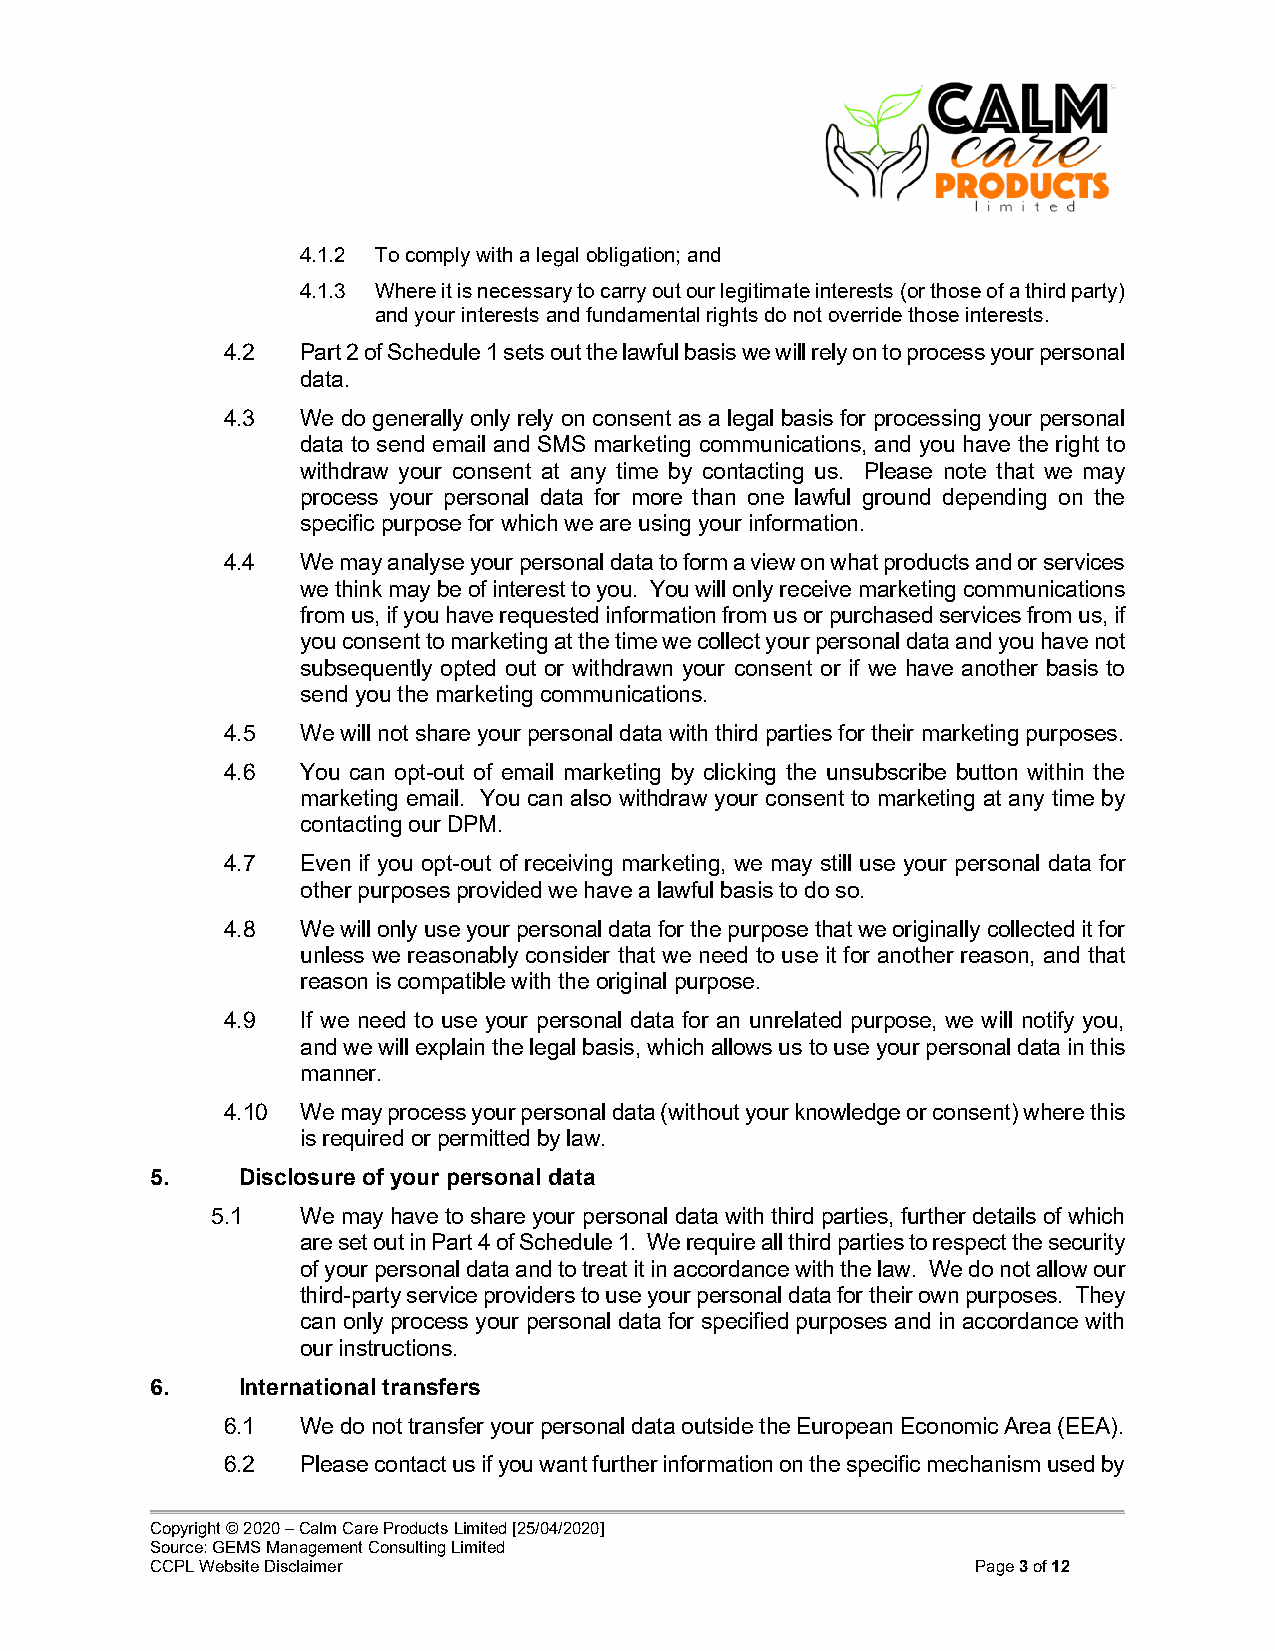
4.1.2 To comply with a legal obligation; and
 4.1.3 Where it is necessary to carry out our legitimate interests (or those of a third party)
 and your interests and fundamental rights do not override those interests.
 4.2  Part 2 of Schedule 1 sets out the lawful basis we will rely on to process your personal
 data.
 4.3  We do generally only rely on consent as a legal basis for processing your personal
 data to send email and SMS marketing communications, and you have the right to
 withdraw your consent at any time by contacting us. Please note that we may
 process your personal data for more than one lawful ground depending on the
 specific purpose for which we are using your information.
 4.4  We may analyse your personal data to form a view on what products and or services
 we think may be of interest to you. You will only receive marketing communications
 from us, if you have requested information from us or purchased services from us, if
 you consent to marketing at the time we collect your personal data and you have not
 subsequently opted out or withdrawn your consent or if we have another basis to
 send you the marketing communications.
 4.5  We will not share your personal data with third parties for their marketing purposes.
 4.6  You can opt-out of email marketing by clicking the unsubscribe button within the
 marketing email. You can also withdraw your consent to marketing at any time by
 contacting our DPM.
 4.7  Even if you opt-out of receiving marketing, we may still use your personal data for
 other purposes provided we have a lawful basis to do so.
 4.8  We will only use your personal data for the purpose that we originally collected it for
 unless we reasonably consider that we need to use it for another reason, and that
 reason is compatible with the original purpose.
 4.9  If we need to use your personal data for an unrelated purpose, we will notify you,
 and we will explain the legal basis, which allows us to use your personal data in this
 manner.
 4.10 We may process your personal data (without your knowledge or consent) where this
 is required or permitted by law.
 5.    Disclosure of your personal data
 5.1   We may have to share your personal data with third parties, further details of which
 are set out in Part 4 of Schedule 1. We require all third parties to respect the security
 of your personal data and to treat it in accordance with the law. We do not allow our
 third-party service providers to use your personal data for their own purposes. They
 can only process your personal data for specified purposes and in accordance with
 our instructions.
 6.    International transfers
 6.1  We do not transfer your personal data outside the European Economic Area (EEA).
 6.2  Please contact us if you want further information on the specific mechanism used by
 Copyright © 2020 – Calm Care Products Limited [25/04/2020]
 Source: GEMS Management Consulting Limited
 CCPL Website Disclaimer                                Page 3 of 12